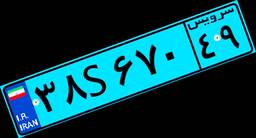
۳۸S۶۷۰۴۹